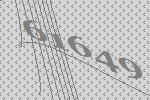
61649